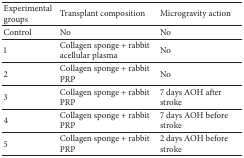
| Experimental groups | Transplant composition | Microgravity action |
 | --- | --- | --- |
 | Control | No | No |
 | 1 | Collagen sponge + rabbit acellular plasma | No |
 | 2 | Collagen sponge + rabbit PRP | No |
 | 3 | Collagen sponge + rabbit PRP | 7 days AOH after stroke |
 | 4 | Collagen sponge + rabbit PRP | 7 days AOH before stroke |
 | 5 | Collagen sponge + rabbit PRP | 2 days AOH before stroke |